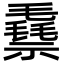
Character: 䄟